Lunatic asylums Central Provinces reports 1910-1926 - 1910-1926
Year: 1910
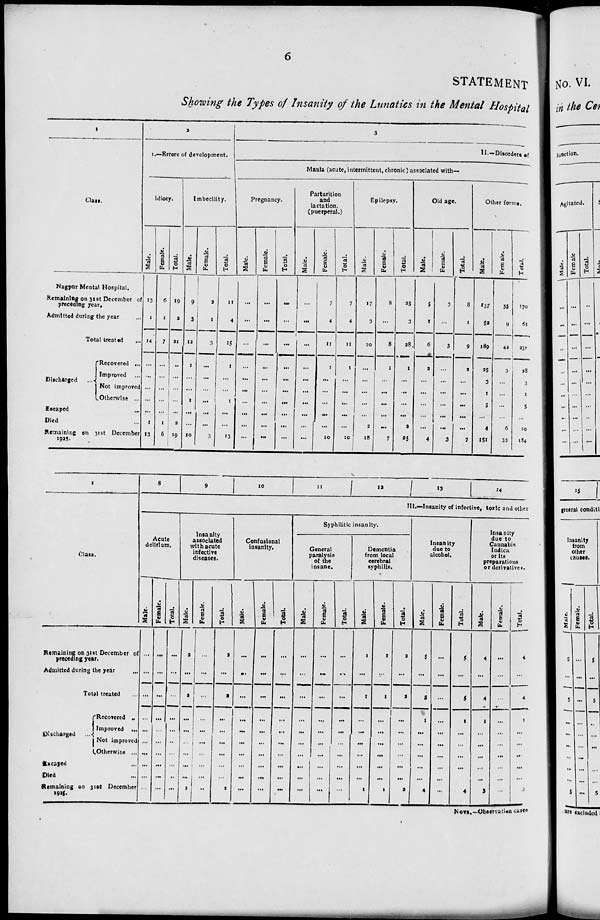
6
STATEMENT
Showing the Types of Insanity of the Lunatics in the Mental Hospital
1
Class.
Nagpur Mental Hospital.
Remaining on 31 st December of
preceding year.
Admitted during the year ...
Total treated ...
Discharged ...
Recovered ...
Improved ...
Not improved ...
Otherwise ...
Escaped
...
Died ...
Remaining on 31st December
1925.
2
I.—Errors of development.
Idiocy.
Male.
13
1
14
...
...
...
...
...
1
13
Female.
6
1
7
...
...
...
...
...
1
6
Total.
19
2
21
...
...
...
...
...
2
19
Imbecility.
Male.
9
3
12
1
...
...
1
...
...
10
Female.
2
1
3
...
...
...
...
...
...
3
Total.
11
4
15
1
...
...
1
...
...
13
3
II.—Disorders of
Mania (acute, intermittent, chronic) associated with—
Pregnancy.
Male.
...
...
...
...
...
...
...
...
...
...
Female.
...
...
...
...
...
...
...
...
...
...
Total.
...
...
...
...
...
...
...
...
...
...
Parturition
and
lactation.
(puerperal.)
Male.
...
...
...
...
...
...
...
...
...
...
Female.
7
4
11
1
...
...
...
...
...
10
Total.
7
4
11
1
...
...
...
...
...
10
Epilepsy.
Male.
17
3
20
...
...
...
...
...
2
18
Female.
8
...
8
1
...
...
...
...
...
7
Total.
25
3
28
1
...
...
...
...
2
25
Old age.
Male.
5
1
6
2
...
...
...
...
...
4
Female.
3
...
3
...
...
...
...
...
...
3
Total.
8
1
9
2
...
...
...
...
...
7
Other forms.
Male.
137
52
189
25
3
1
5
...
4
151
Female.
33
9
42
3
...
...
...
...
6
33
Total.
170
61
231
28
3
1
5
...
10
184
1
Class.
Remaining on 31st December of
preceding year.
Admitted during the year ...
Total treated ...
Discharged ...
Recovered ...
Improved ...
Not improved
Otherwise ...
Escaped ...
Died ...
Remaining on 31st December
1925.
8
9
10
11
12
13
14
III.—Insanity of infective, toxic and other
Acute
delirium.
Male.
...
...
...
...
...
...
...
...
...
...
Female.
...
...
...
...
...
...
...
...
...
...
Total.
...
...
...
...
...
...
...
...
...
...
Insanity
associated
with acute
infective
diseases.
Male.
2
...
2
...
...
...
...
...
...
2
Female.
...
...
...
...
...
...
...
...
...
...
Total.
2
...
2
...
...
...
...
...
...
2
Confusional
insanity.
Male.
...
...
...
...
...
...
...
...
...
...
Female.
...
...
...
...
...
...
...
...
...
...
Total.
...
...
...
...
...
...
...
...
...
...
Syphilitic insanity.
General
paralysis
of the
insane.
Male.
...
...
...
...
...
...
...
...
...
...
Female.
...
...
...
...
...
...
...
...
...
...
Total.
...
...
...
...
...
...
...
...
...
...
Dementia
from local
cerebral
syphilis.
Male.
1
...
1
...
...
...
...
...
...
1
Female.
1
...
1
...
...
...
...
...
...
1
Total.
2
...
2
...
...
...
...
...
...
2
Insanity
due to
alcohol.
Male.
5
...
5
1
...
...
...
...
...
4
Female.
...
...
...
...
...
...
...
...
...
...
Total.
5
...
5
1
...
...
...
...
...
4
Insanity
due to
Cannabis
Indica
or its
preparations
or derivatives.
Male.
4
...
4
1
...
...
...
...
...
3
Female.
...
...
...
...
...
...
...
...
...
...
Total.
4
...
4
1
...
...
...
...
...
3
NOTE.—Observation cases